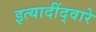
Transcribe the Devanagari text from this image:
इत्यादींद्वारे